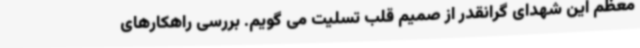
معظم این شهدای گرانقدر از صمیم قلب تسلیت می گویم. بررسی راهکارهای